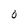
Character: O